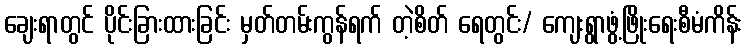
ချေးရာတွင် ပိုင်းခြားထားခြင်း မှတ်တမ်းကွန်ရက် တဲ့စိတ် ရေတွင်း/ ကျေးရွာဖွံ့ဖြိုးရေးစီမံကိန်း